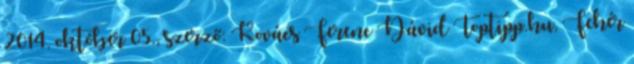
2014. október 05., szerző: Kovács Ferenc Dávid Toptipp.hu, Fehér